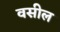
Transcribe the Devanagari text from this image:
वसील